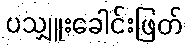
ပသျှူးခေါင်းဖြတ်